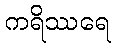
ကရိဿရေ